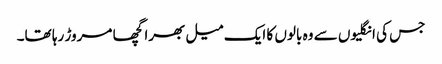
جس کی انگلیوں سے وہ بالوں کا ایک میل بھرا گچھا مروڑ رہا تھا۔